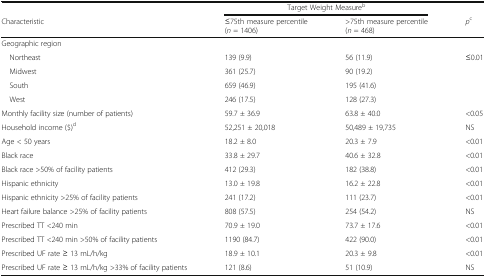
|  | <COLSPAN=2> Target Weight Measureb |  |
 | Characteristic | ≤75th measure percentile(n = 1406) | >75th measure percentile(n = 468) | pc |
 | --- | --- | --- | --- |
 | <COLSPAN=4> Geographic region |
 | Northeast | 139 (9.9) | 56 (11.9) | <ROWSPAN=4> ≤0.01 |
 | Midwest | 361 (25.7) | 90 (19.2) |
 | South | 659 (46.9) | 195 (41.6) |
 | West | 246 (17.5) | 128 (27.3) |
 | Monthly facility size (number of patients) | 59.7 ± 36.9 | 63.8 ± 40.0 | <0.05 |
 | Household income ($)d | 52,251 ± 20,018 | 50,489 ± 19,735 | NS |
 | Age < 50 years | 18.2 ± 8.0 | 20.3 ± 7.9 | <0.01 |
 | Black race | 33.8 ± 29.7 | 40.6 ± 32.8 | <0.01 |
 | Black race >50% of facility patients | 412 (29.3) | 182 (38.8) | <0.01 |
 | Hispanic ethnicity | 13.0 ± 19.8 | 16.2 ± 22.8 | <0.01 |
 | Hispanic ethnicity >25% of facility patients | 241 (17.2) | 111 (23.7) | <0.01 |
 | Heart failure balance >25% of facility patients | 808 (57.5) | 254 (54.2) | NS |
 | Prescribed TT <240 min | 70.9 ± 19.0 | 73.7 ± 17.6 | <0.01 |
 | Prescribed TT <240 min >50% of facility patients | 1190 (84.7) | 422 (90.0) | <0.01 |
 | Prescribed UF rate ≥ 13 mL/h/kg | 18.9 ± 10.1 | 20.3 ± 9.8 | <0.01 |
 | Prescribed UF rate ≥ 13 mL/h/kg >33% of facility patients | 121 (8.6) | 51 (10.9) | NS |